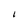
Character: I